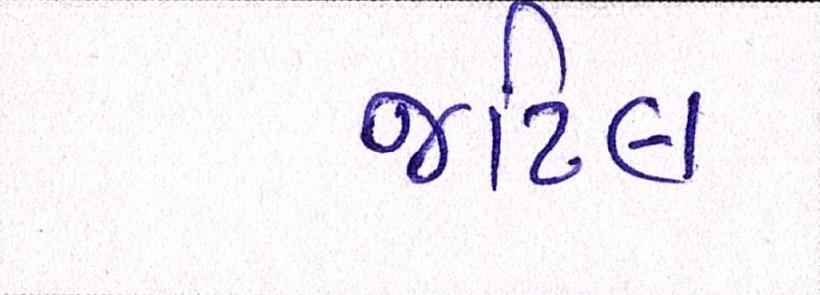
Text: જટિલ